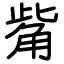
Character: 觜